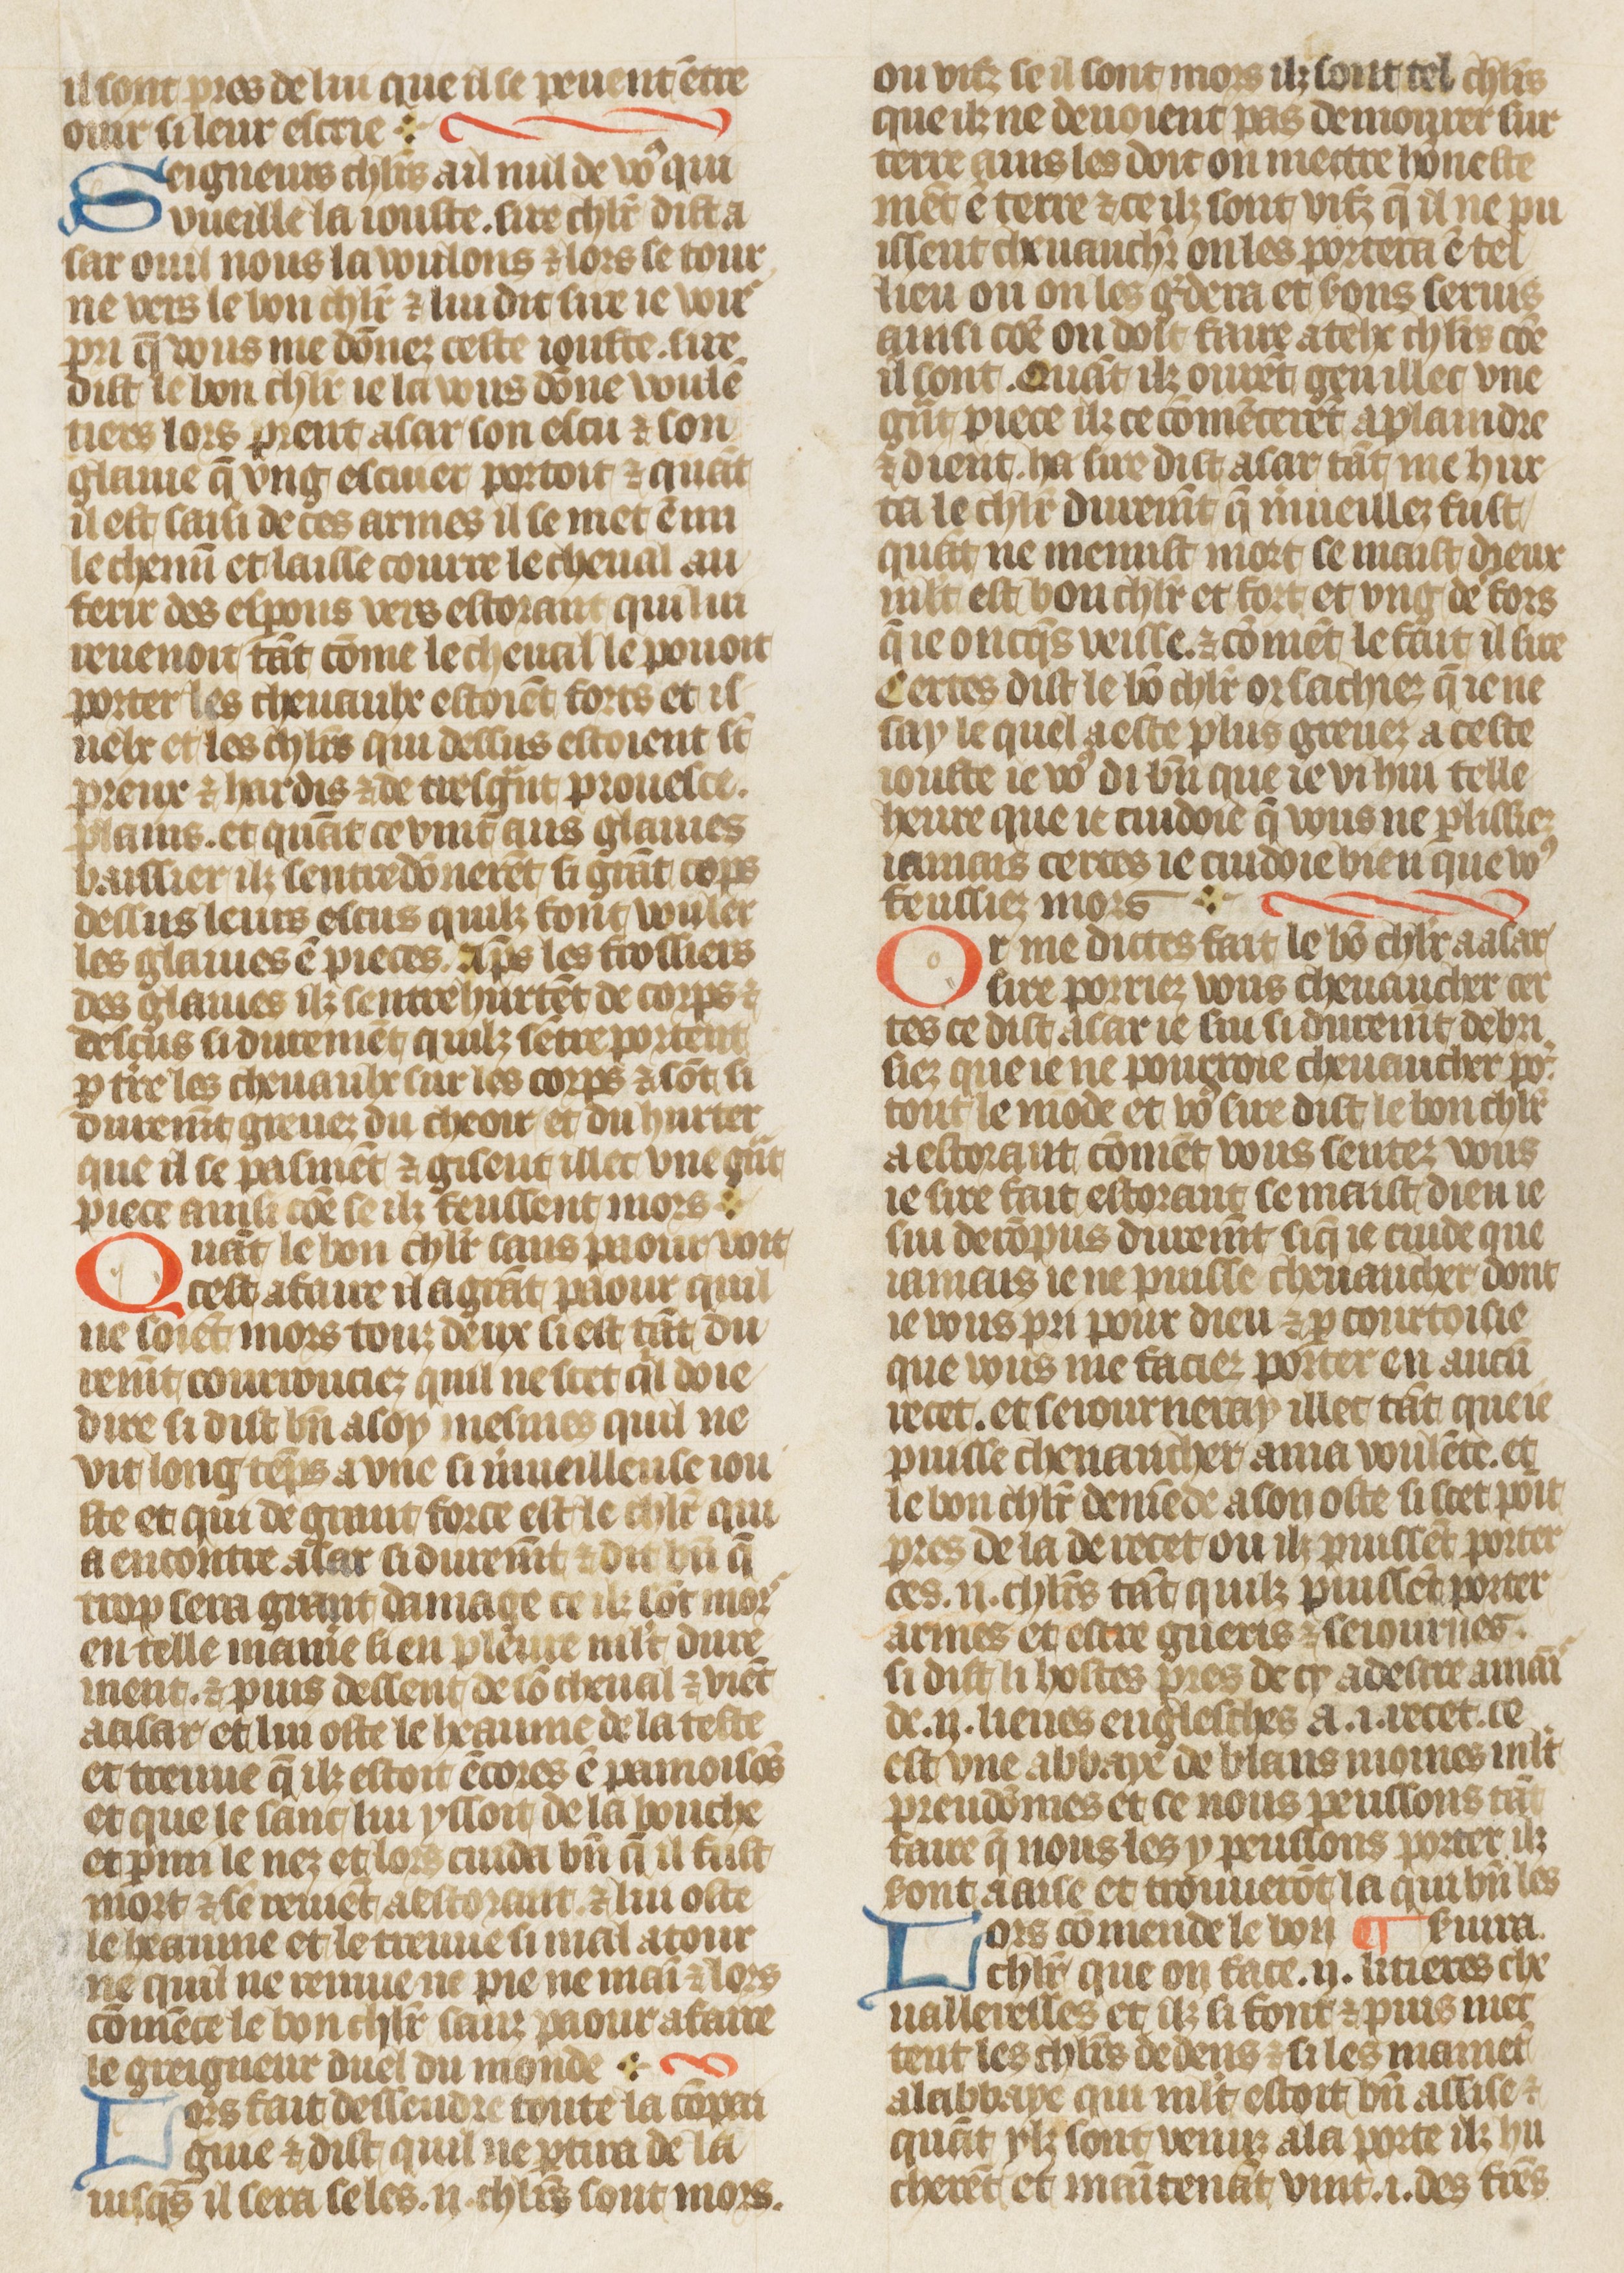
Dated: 1410–1430